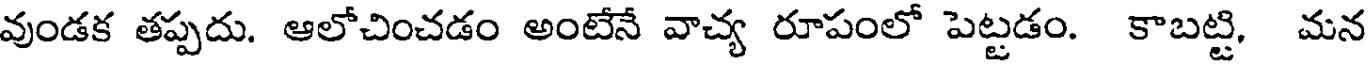
వుండక తప్పదు. ఆలోచించడం అంటేనే వాచ్య రూపంలో పెట్టడం. కాబట్టి, మన